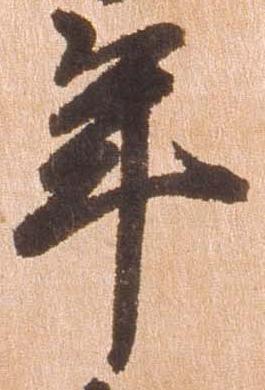
年